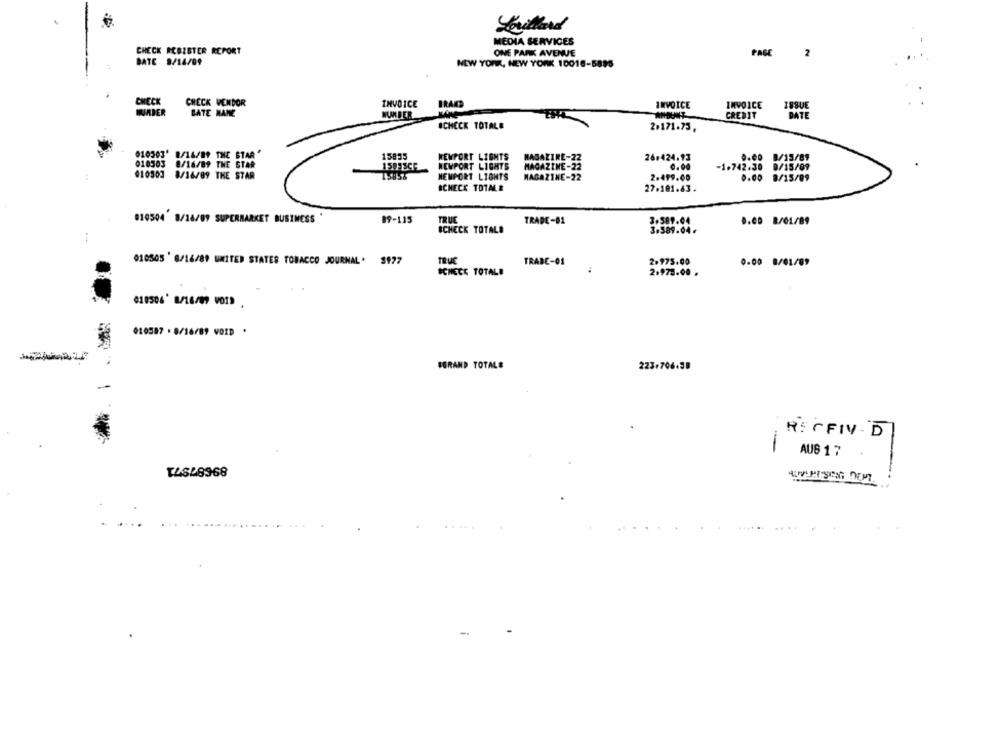
MEDIA SERVICES
CHECK RCDISTER REPORT
ONE PARK AVENUE
PAGE
2
DATE 9/14/09
NEW YORK, NEW YORK 10016-5895
CHECK
CHECK VENDOR
INVOICE
BRAND
INVOICE
INVOICE
ISSUE
BATE MANE
NUMBER
AMOUNT
CREDIT
DATE
ICHECK TOTALE
2.171.75.
010503' 8/16/89 THE STAR"
15855
NEWPORT LIGHTS
MAGAZINE-22
0.00 8/15/89
010503 8/16/89 THE STAR
26.424.93
15835CE
NEWPORT LIGHTS
MAGAZINE-22
-1.742.30 0/15/09
010503 8/16/09 THE STAR
NEMPORT LIGHTS
MAGAZINE-22
2.499.00
0.00 8/15/09
SCHECK TOTAL&
27.101.63.
010504 8/18/09 SUPERMARKET BUSINESS
89-115
TRUC
TRADE-01
3.380.04
.. CO 8/01/89
SCHECK TOTALE
3.589.04
2.975.00
010505 ' 6/16/89 UNITED STATES TOBACCO JOURNAL. 5977
TRADE-01
0.00 8/01/09
SCHECK TOTALE
2.978.00 .
010506' 8/16/09 VOIR ,
010587 . 8/16/89 VOID .
BORAND TOTALE
223-706-38
R: CFIV- D
-
AUG 17
T4648968
....
-